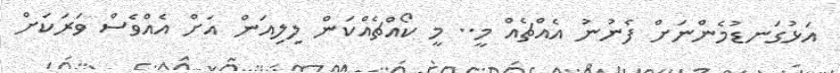
އަޅުގަނޑުމެންނަށް ފެނުނު އެއްޗެއް މީ.. މީ ކޯއްޗެއްކަން ލިލިއަން އަށް އެއްވެސް ވަރަކަށް